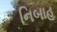
નિબાહૂ